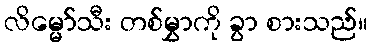
လိမ္မော်သီး တစ်မွှာကို ခွာ စားသည်။